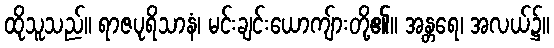
ထိုသူသည်။ ရာဇပုရိသာနံ၊ မင်းချင်းယောကျ်ားတို့၏။ အန္တရေ၊ အလယ်၌။